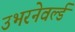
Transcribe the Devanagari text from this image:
उभरनेवर्ल्ड